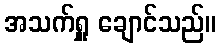
အသက်ရှူ ချောင်သည်။